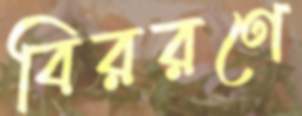
বিররণে